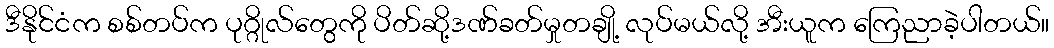
ဒီနိုင်ငံက စစ်တပ်က ပုဂ္ဂိုလ်တွေကို ပိတ်ဆို့ဒဏ်ခတ်မှုတချို့ လုပ်မယ်လို့ အီးယူက ကြေညာခဲ့ပါတယ်။